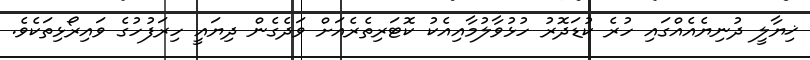
ޚިޔާލީ ދުނިޔެއެއްގައި ހުރެ ކުޑަދޮރު ހުޅުވާލުމާއިއެކު ކޮޓަރިތެރެއަށް ވަދެގެން ދިޔައީ ހިރަފުހުގެ ވައިރޯޅިތަކެވެ.